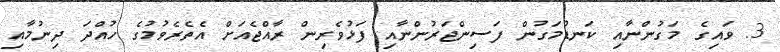
3. ވައިގެ މަގުންނާއި ކަނޑުމަގުން ފަސިންޖަރުންނާއި ފަޅުވެރިން ރާއްޖެއަށް އެތެރެވުމުގެ ހުއްދަ ދިނުމާއި